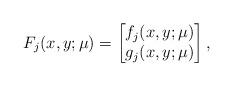
LaTeX: \begin{align*}F_j(x,y;\mu) = \begin{bmatrix} f_j(x,y;\mu) \\ g_j(x,y;\mu) \end{bmatrix},\end{align*}